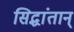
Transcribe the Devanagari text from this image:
सिद्धांतान्